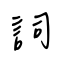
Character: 詞